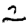
Digit: 2